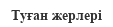
Туған жерлерi